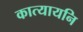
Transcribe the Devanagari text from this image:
कात्यायनि